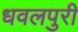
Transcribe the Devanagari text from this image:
धवलपुरी